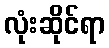
လုံးဆိုင်ရာ